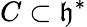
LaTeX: C\subset{\mathfrak{h}}^{*}